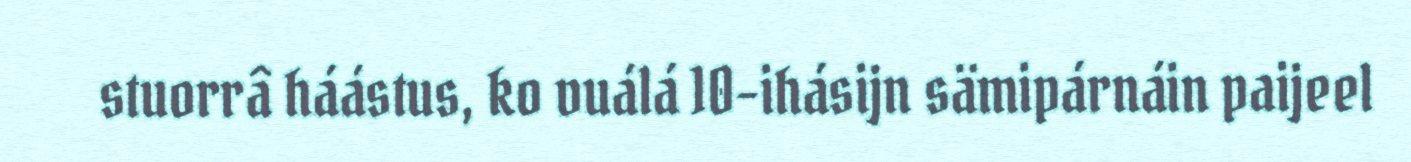
stuorrâ háástus, ko vuálá 10-ihásijn sämipárnáin paijeel